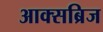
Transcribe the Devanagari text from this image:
आक्सब्रिज